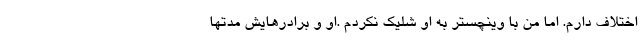
اختلاف دارم. اما من با وینچستر به او شلیک نکردم .او و برادرهایش مدتها